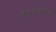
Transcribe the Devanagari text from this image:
वृषभासनरूढां